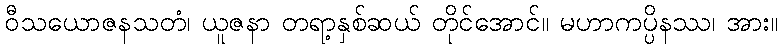
ဝီသယောဇနသတံ၊ ယူဇနာ တရာ့နှစ်ဆယ် တိုင်အောင်။ မဟာကပ္ပိနဿ၊ အား။